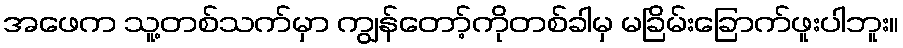
အဖေက သူ့တစ်သက်မှာ ကျွန်တော့်ကိုတစ်ခါမှ မခြိမ်းခြောက်ဖူးပါဘူး။